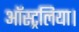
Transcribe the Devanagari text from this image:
ऑस्ट्रलिया।